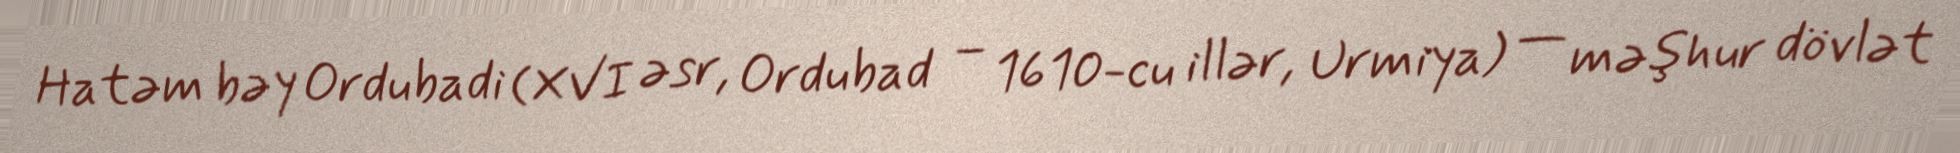
Hatəm bəy Ordubadi (XVI əsr, Ordubad – 1610-cu illər, Urmiya) — məşhur dövlət